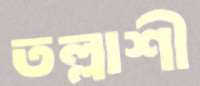
তল্লাশী